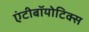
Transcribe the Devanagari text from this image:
एंटीबॉयोटिक्स